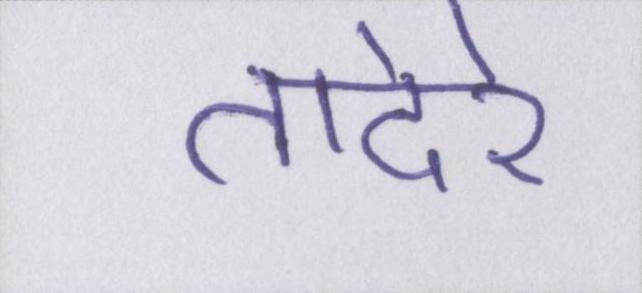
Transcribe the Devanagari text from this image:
तादेरे